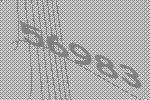
56983